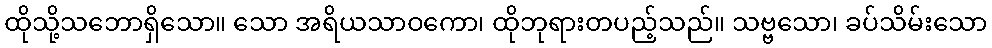
ထိုသို့သဘောရှိသော။ သော အရိယသာဝကော၊ ထိုဘုရားတပည့်သည်။ သဗ္ဗသော၊ ခပ်သိမ်းသော